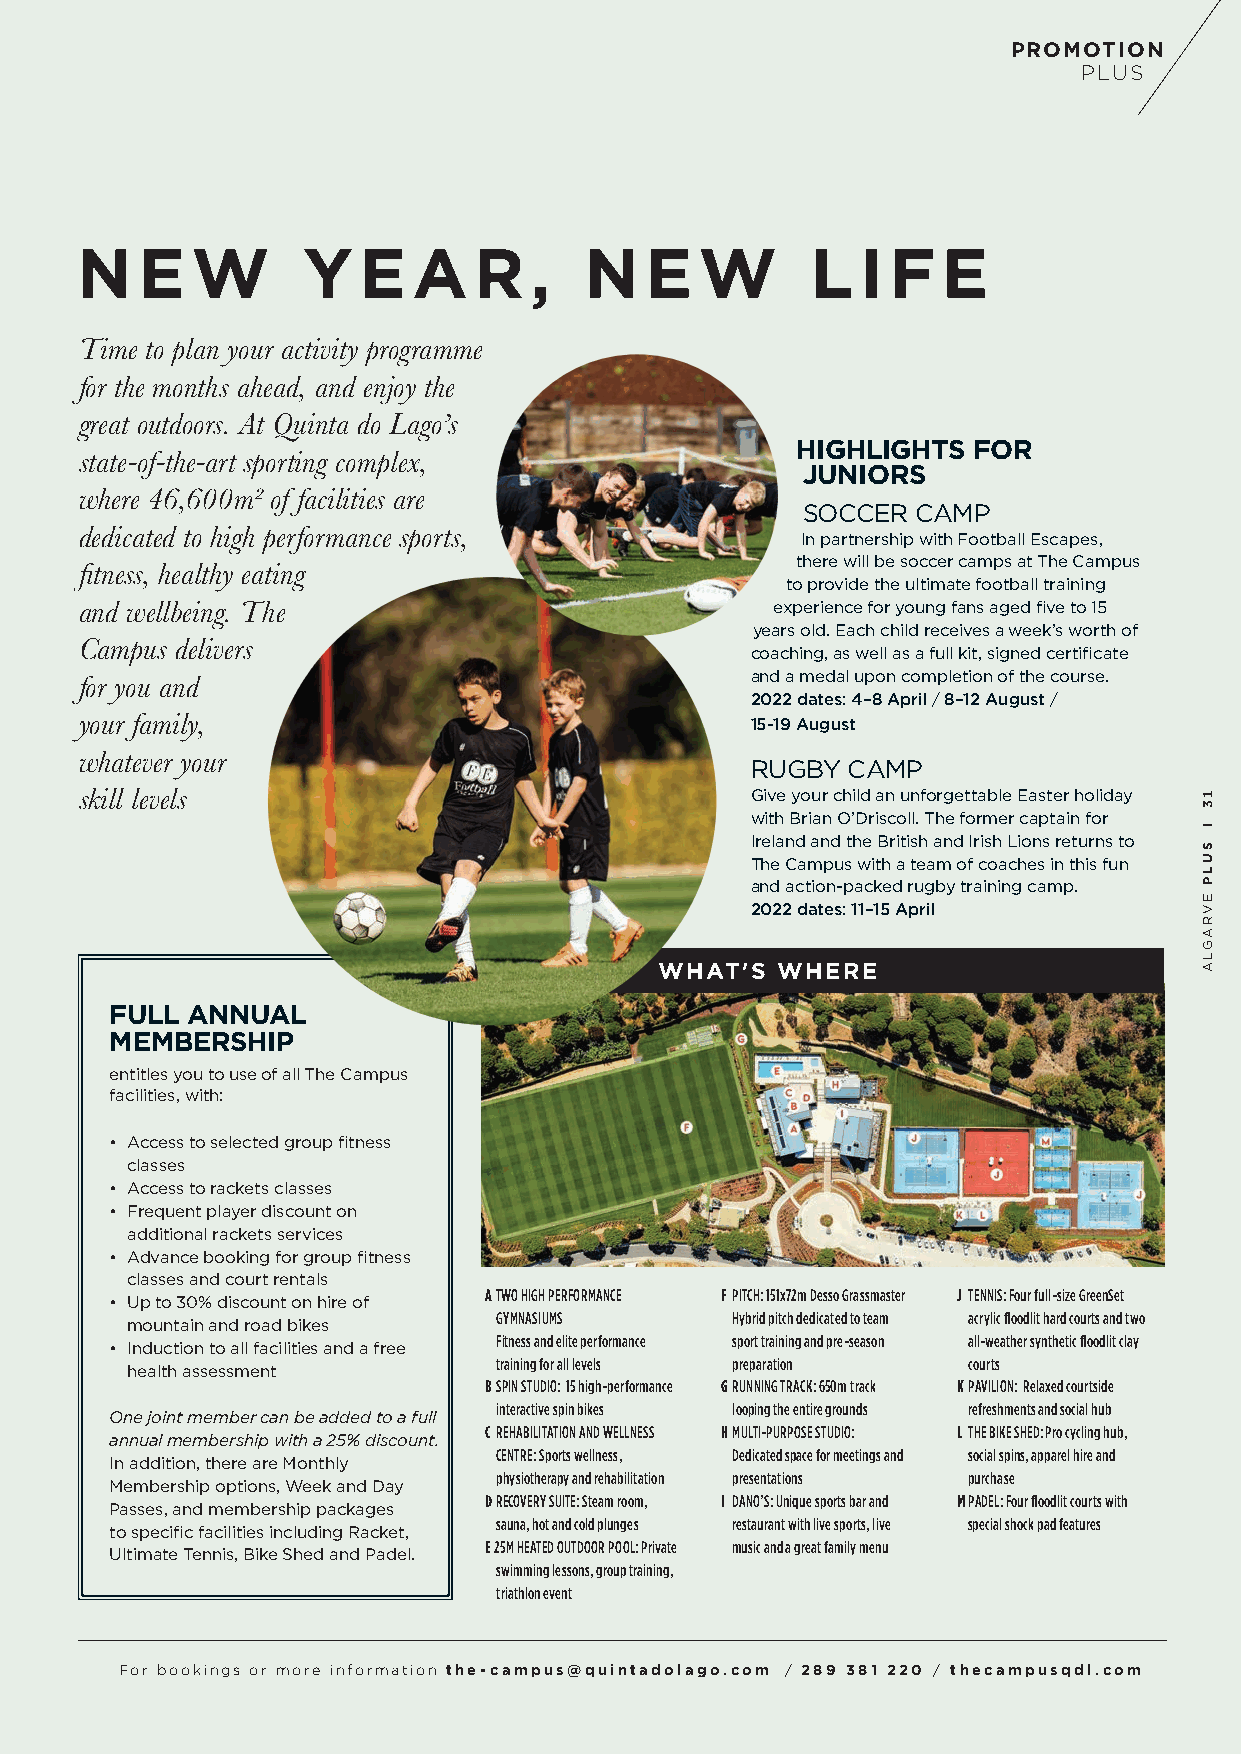
PROMOTION
 PLUS
 N   E   W      Y   E  A   R   ,   N   E  W       L  I F  E
 Time to plan your activity programme
 for the months ahead, and enjoy the
 great outdoors. At Quinta do Lago’s
 HIGHLIGHTS FOR
 state-of-the-art sporting complex,
 JUNIORS
 where 46,600m² of facilities are
 SOCCER  CAMP
 dedicated to high performance sports,           In partnership with Football Escapes,
 there will be soccer camps at The Campus
 fitness, healthy eating
 to provide the ultimate football training
 and wellbeing. The                            experience for young fans aged five to 15
 years old. Each child receives a week’s worth of
 Campus delivers
 coaching, as well as a full kit, signed certificate
 and a medal upon completion of the course.
 for you and
 2022 dates: 4–8 April / 8–12 August /
 your family,                                 15-19 August
 whatever your
 RUGBY CAMP
 skill levels                                 Give your child an unforgettable Easter holiday
 with Brian O’Driscoll. The former captain for
 Ireland and the British and Irish Lions returns to
 The Campus with a team of coaches in this fun
 and action-packed rugby training camp.
 2022 dates: 11–15 April
 WHAT'S WHERE
 FULL ANNUAL
 MEMBERSHIP
 entitles you to use of all The Campus
 facilities, with:
 • Access to selected group fitness
 classes
 • Access to rackets classes
 • Frequent player discount on
 additional rackets services
 • Advance booking for group fitness
 classes and court rentals
 A TWO HIGH PERFORMANCE F PITCH: 151x72m Desso Grassmaster J TENNIS: Four full-size GreenSet
 • Up to 30% discount on hire of
 GYMNASIUMS     Hybrid pitch dedicated to team acrylic floodlit hard courts and two
 mountain and road bikes
 Fitness and elite performance sport training and pre-season all-weather synthetic floodlit clay
 • Induction to all facilities and a free
 training for all levels preparation courts
 health assessment
 B SPIN STUDIO: 15 high-performance G RUNNING TRACK: 650m track K PAVILION: Relaxed courtside
 interactive spin bikes looping the entire grounds refreshments and social hub
 One joint member can be added to a full
 C REHABILITATION AND WELLNESS H MULTI-PURPOSE STUDIO: L THE BIKE SHED: Pro cycling hub,
 annual membership with a 25% discount.
 CENTRE: Sports wellness, Dedicated space for meetings and social spins, apparel hire and
 In addition, there are Monthly
 physiotherapy and rehabilitation presentations purchase
 Membership options, Week and Day
 D RECOVERY SUITE: Steam room, I DANO’S: Unique sports bar and M PADEL: Four floodlit courts with
 Passes, and membership packages
 sauna, hot and cold plunges restaurant with live sports, live special shock pad features
 to specific facilities including Racket,
 E 25M HEATED OUTDOOR POOL: Private music and a great family menu
 Ultimate Tennis, Bike Shed and Padel.
 swimming lessons, group training,
 triathlon event
 For bookings or more information the-campus@quintadolago.com / 289 381 220 / thecampusqdl.com
 13
 l
 SULP
 EVRAGLA